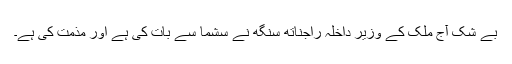
بے شک آج ملک کے وزیر داخلہ راجناتھ سنگھ نے سشما سے بات کی ہے اور مذمت کی ہے۔